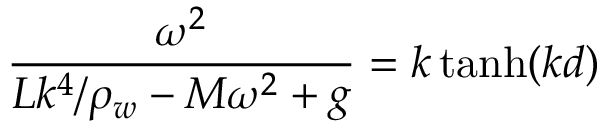
\frac { \omega ^ { 2 } } { L k ^ { 4 } / \rho _ { w } - M \omega ^ { 2 } + g } = k \operatorname { t a n h } ( k d )